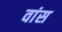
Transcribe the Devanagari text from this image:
वांस